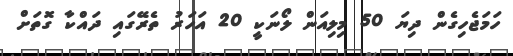
ހަމަޖެހިގެން ދިޔަ 50 މިލިއަން ލޯނަކީ 20 އަހަރު ތެރޭގައި ދައްކާ ގޮތަށް